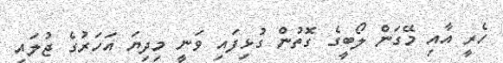
ހެރީ އާއި މޭގަން ލޯބީގެ ގޮތުން ގުޅިފައި ވަނީ މިދިޔަ އަހަރުގެ ޖުލައި